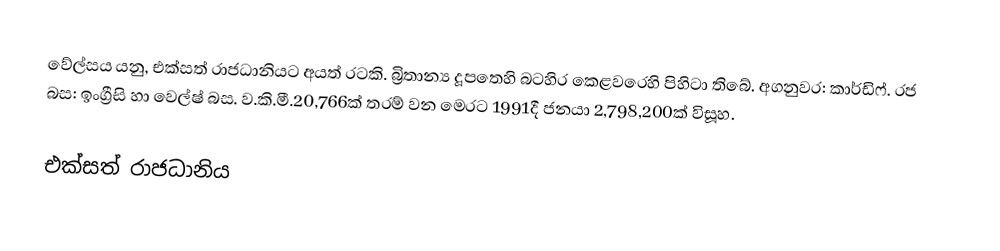
වේල්සය යනු, එක්සත් රාජධානියට අයත් රටකි. බ්‍රිතාන්‍ය දූපතෙහි බටහිර කෙළවරෙහි පිහිටා තිබේ. අගනුවර: කාර්ඩිෆ්. රජ බස: ඉංග්‍රීසි හා වෙල්ෂ් බස. ව.කි.මී.20,766ක් තරම් වන මෙරට 1991දී ජනයා 2,798,200ක් විසූහ.

එක්සත් රාජධානිය